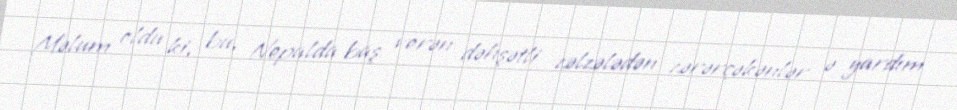
Məlum oldu ki, bu, Nepalda baş verən dəhşətli zəlzələdən zərərçəkənlər ə yardım